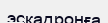
эскадронға